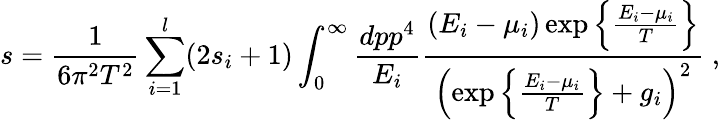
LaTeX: s={\frac{1}{6\pi^{2}T^{2}}}\sum_{i=1}^{l}(2s_{i}+1)\int_{0}^{\infty}{\frac{dpp^{4}}{E_{i}}}{\frac{(E_{i}-\mu_{i})\exp\left\{ {\frac{E_{i}-\mu_{i}}{T}}\right\} }{\left(\exp\left\{ {\frac{E_{i}-\mu_{i}}{T}}\right\} +g_{i}\right)^{2}}}\ ,